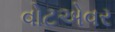
વોટએવર